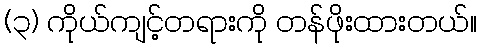
(၃) ကိုယ်ကျင့်တရားကို တန်ဖိုးထားတယ်။